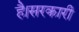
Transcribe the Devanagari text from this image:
है।सरकारी